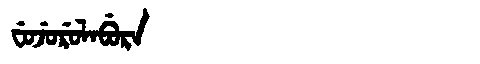
Manchu: ᠸᡠᠵᡠᡵᡠᠯᠠᠪᡠᡵᠠ
Romanization: FUJURULABURA